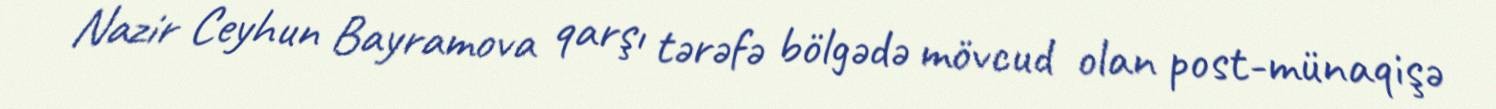
Nazir Ceyhun Bayramova qarşı tərəfə bölgədə mövcud olan post-münaqişə